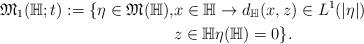
LaTeX: \begin{align*}\mathfrak{M}_{1}(\mathbb{H}; t):= \{ \eta \in \mathfrak{M}(\mathbb{H}),& x \in \mathbb{H} \to d_{\mathbb{H}}(x,z) \in L^{1}(|\eta|)\\&z \in \mathbb{H} \eta(\mathbb{H})=0 \}.\end{align*}